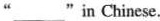
“__"in Chinese.